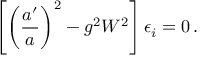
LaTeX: \left[ \left( \frac { a ^ { \prime } } { a } \right) ^ { 2 } - g ^ { 2 } W ^ { 2 } \right] \epsilon _ { i } = 0 \, .